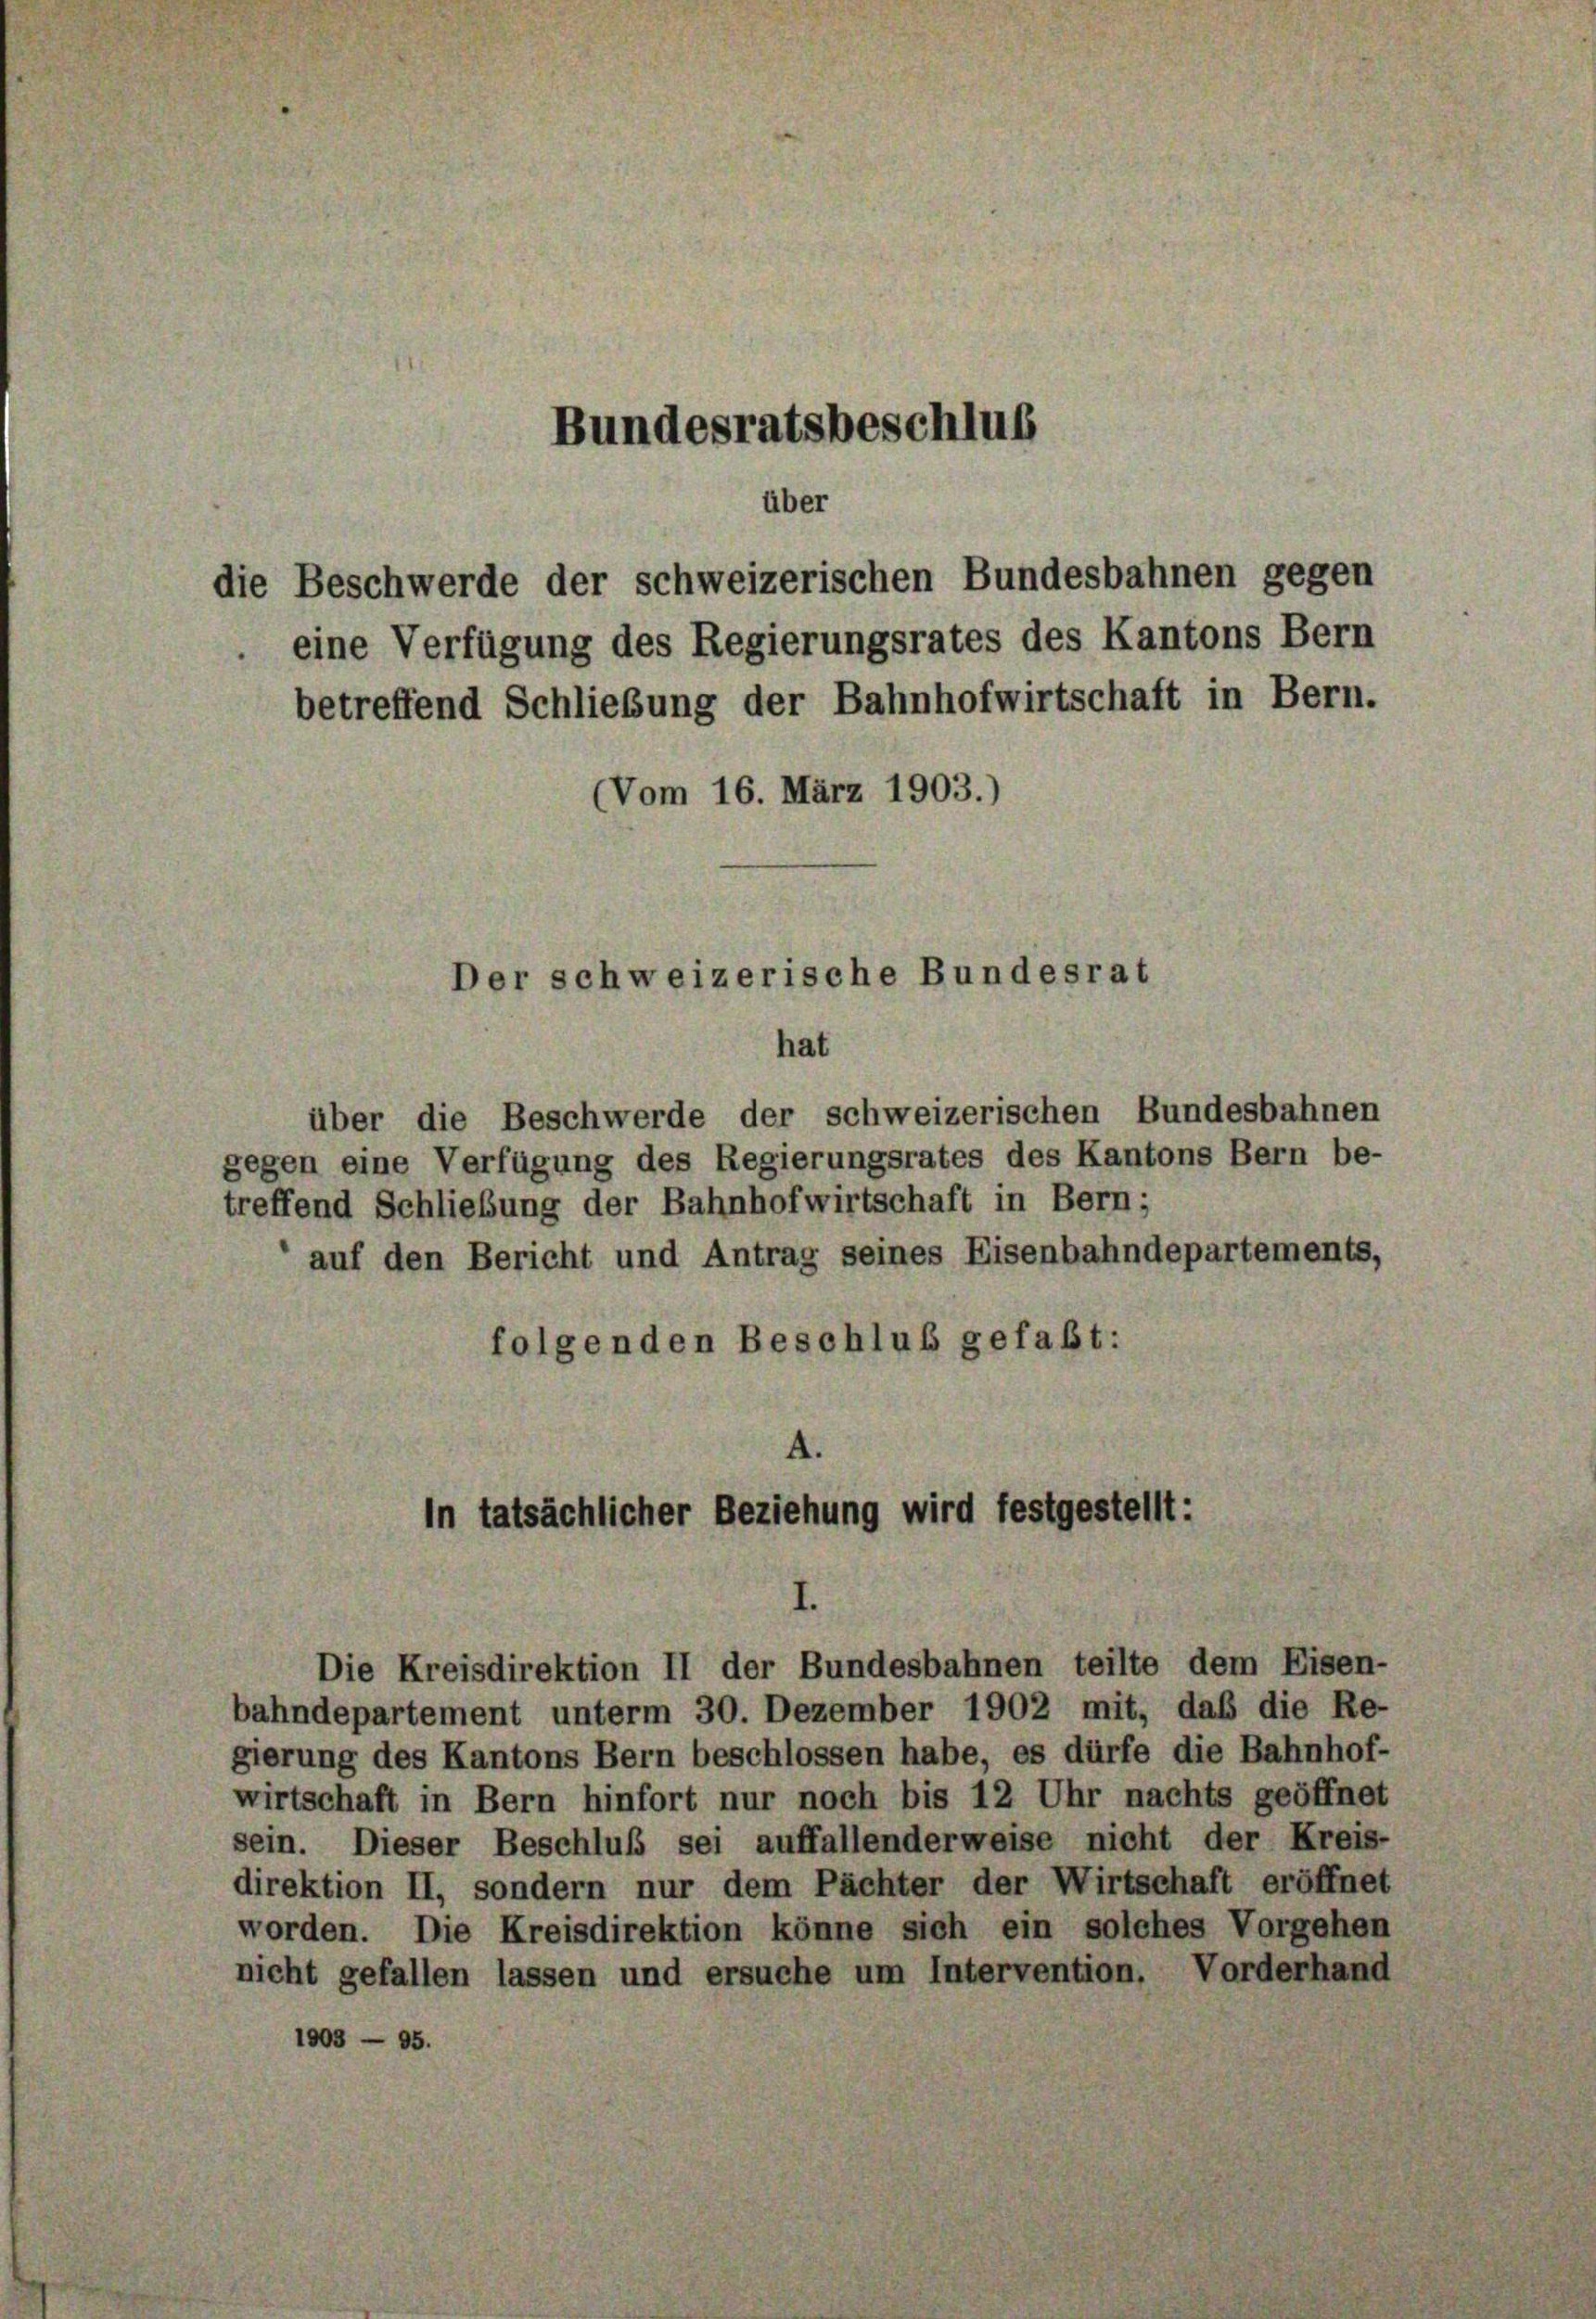
eine Verfügung des Regierungsrates des Kantons Bern
betreffend Schließung der Bahnhofwirtschaft in Bern.
(Vom 16. März 1903.)

über die Beschwerde der schweizerischen Bundesbahnen
gegen eine Verfügung des Regierungsrates des Kantons Bern be-
treffend Schließung der Bahnhofwirtschaft in Bern;
auf den Bericht und Antrag seines Eisenbahndepartements,
folgenden Beschluß gefaßt:

Bundesratsbeschluß

über
die Beschwerde der schweizerischen Bundesbahnen gegen

Der schweizerische Bundesrat
hat

4.
In tatsächlicher Beziehung wird festgestellt:
Die Kreisdirektion II der Bundesbahnen teilte dem Eisen-

bahndepartement unterm 30. Dezember 1902 mit, daß die Re-
gierung des Kantons Bern beschlossen habe, es dürfe die Bahnhof-
wirtschaft in Bern hinfort nur noch bis 12 Uhr nachts geöffnet
sein. Dieser Beschluß sei auffallenderweise nicht der Kreis-
direktion II, sondern nur dem Pächter der Wirtschaft eröffnet
worden. Die Kreisdirektion könne sich ein solches Vorgehen
nicht gefallen lassen und ersuche um Intervention. Vorderhand
1003 — 95.